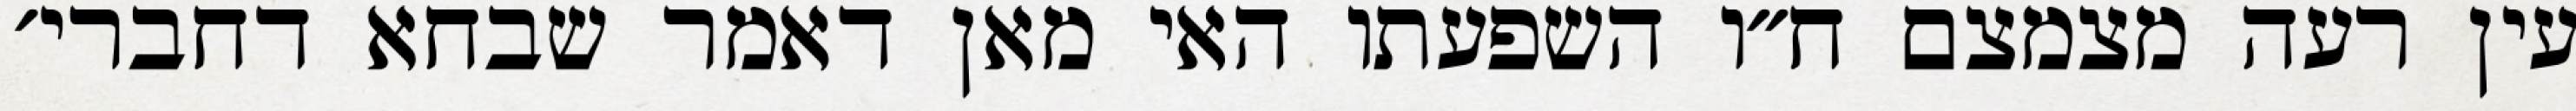
עין רעה מצמצם ח״ו השפעתו האי מאן דאמר שבחא דחברי׳